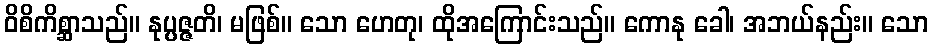
ဝိစိကိစ္ဆာသည်။ နုပ္ပဇ္ဇတိ၊ မဖြစ်။ သော ဟေတု၊ ထိုအကြောင်းသည်။ ကောနု ခေါ၊ အဘယ်နည်း။ သော